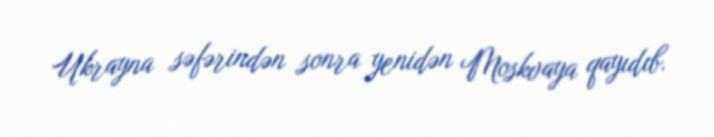
Ukrayna səfərindən sonra yenidən Moskvaya qayıdıb.